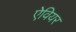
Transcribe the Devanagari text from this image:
ऐवियर